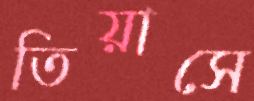
তিয়াসে